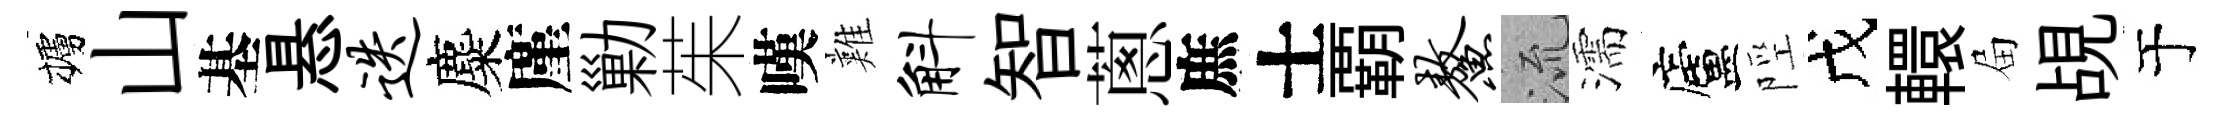
櫨山基悬迭麋廑勦茱嘆難斛智蔥庶士覇鳌𣴑濡廬陘戊轘屇覘于